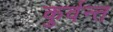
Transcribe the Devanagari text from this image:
कुर्वन्त